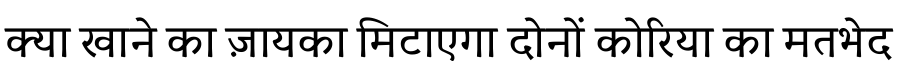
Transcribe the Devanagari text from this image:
क्या खाने का ज़ायका मिटाएगा दोनों कोरिया का मतभेद